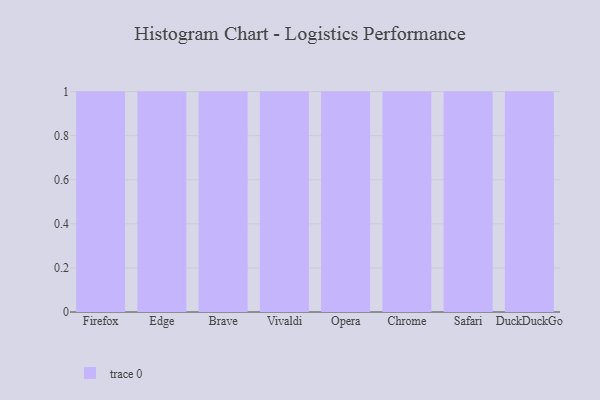
{"axis": {"x": "Browser", "y": "Website Visitors"}, "legend": [""], "data": [{"x": "Firefox", "y": 8, "type": ""}, {"x": "Edge", "y": 26, "type": ""}, {"x": "Brave", "y": 82, "type": ""}, {"x": "Vivaldi", "y": 27, "type": ""}, {"x": "Opera", "y": 3, "type": ""}, {"x": "Chrome", "y": 26, "type": ""}, {"x": "Safari", "y": 76, "type": ""}, {"x": "DuckDuckGo", "y": 50, "type": ""}]}